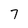
Character: 7